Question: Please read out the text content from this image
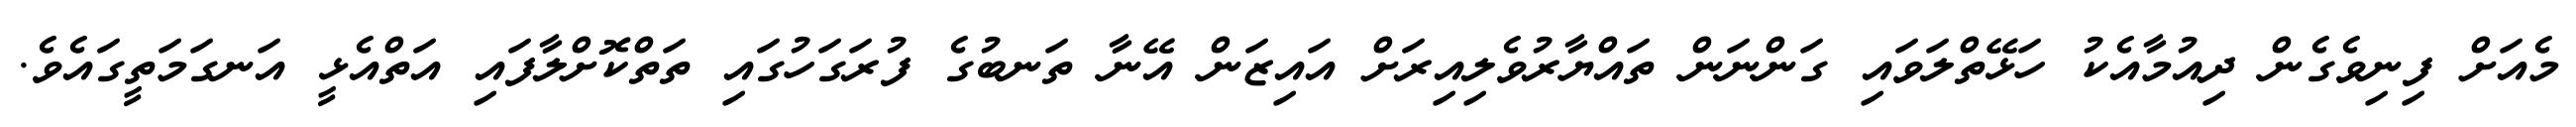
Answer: މެއަށް ފިނިވެގެން ދިއުމާއެކު ހަޅޭތްލަވައި ގަންނަން ތައްޔާރުވެލިއިރަށް އައިޒަން އޭނާ ތަނބުގެ ފުރަގަހުގައި ތަތްކޮށްލާފައި އަތްއެޅީ އަނގަމަތީގައެވެ.